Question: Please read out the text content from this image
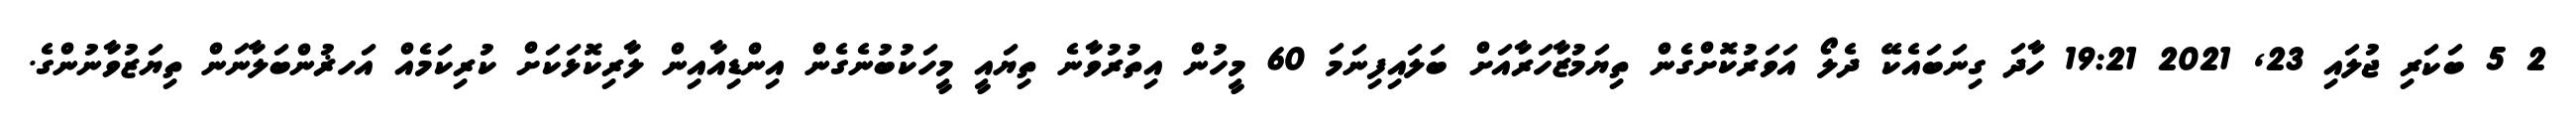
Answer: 2 5 ބަކަރި ޖުލައި 23, 2021 19:21 ހާދަ ގިނަބައެކޭ ދެލޯ އަވަރުކޮށްގެން ތިޔަމުޒާހަރާއަށް ބަލައިފިނަމަ 60 މީހުން އިތުރުވާނެ ތިޔައީ މީހަކުބުނެގެން އިންޑިއާއިން ލާރިކޮޅަކަށް ކުރިކަމެއް އަހޜުންބަލާނަން ތިޔަޒުވާނުންގެ.